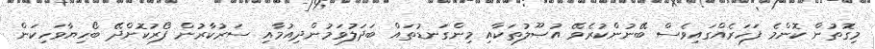
މިގޮތުން ކޮންމެ ފަހަރެއްގައިވެސް ބޭނުންކުރެވޭ އުޞޫލުތަކާއި މިންގަނޑުތައް ބަދަލުވަމުންދިއުމާއި ސަރުކާރުން ފޯރުކޮށްދޭ ބޯހިޔާވަހިކަން